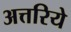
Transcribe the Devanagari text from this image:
अत्तरिये